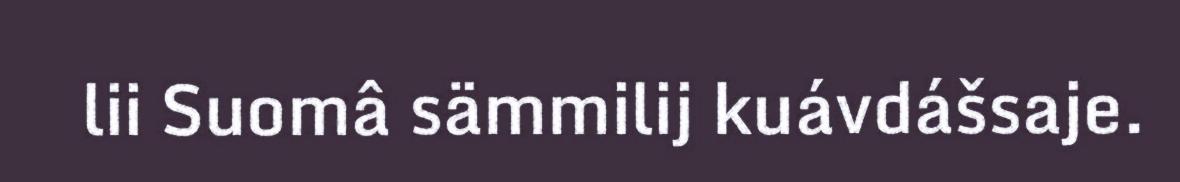
lii Suomâ sämmilij kuávdášsaje.